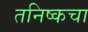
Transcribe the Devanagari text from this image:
तनिष्कचा